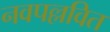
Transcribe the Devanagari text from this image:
नवपल्लवित